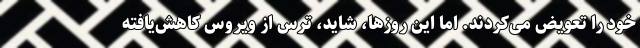
خود را تعویض می‌کردند. اما این روزها، شاید، ترس از ویروس کاهش‌یافته